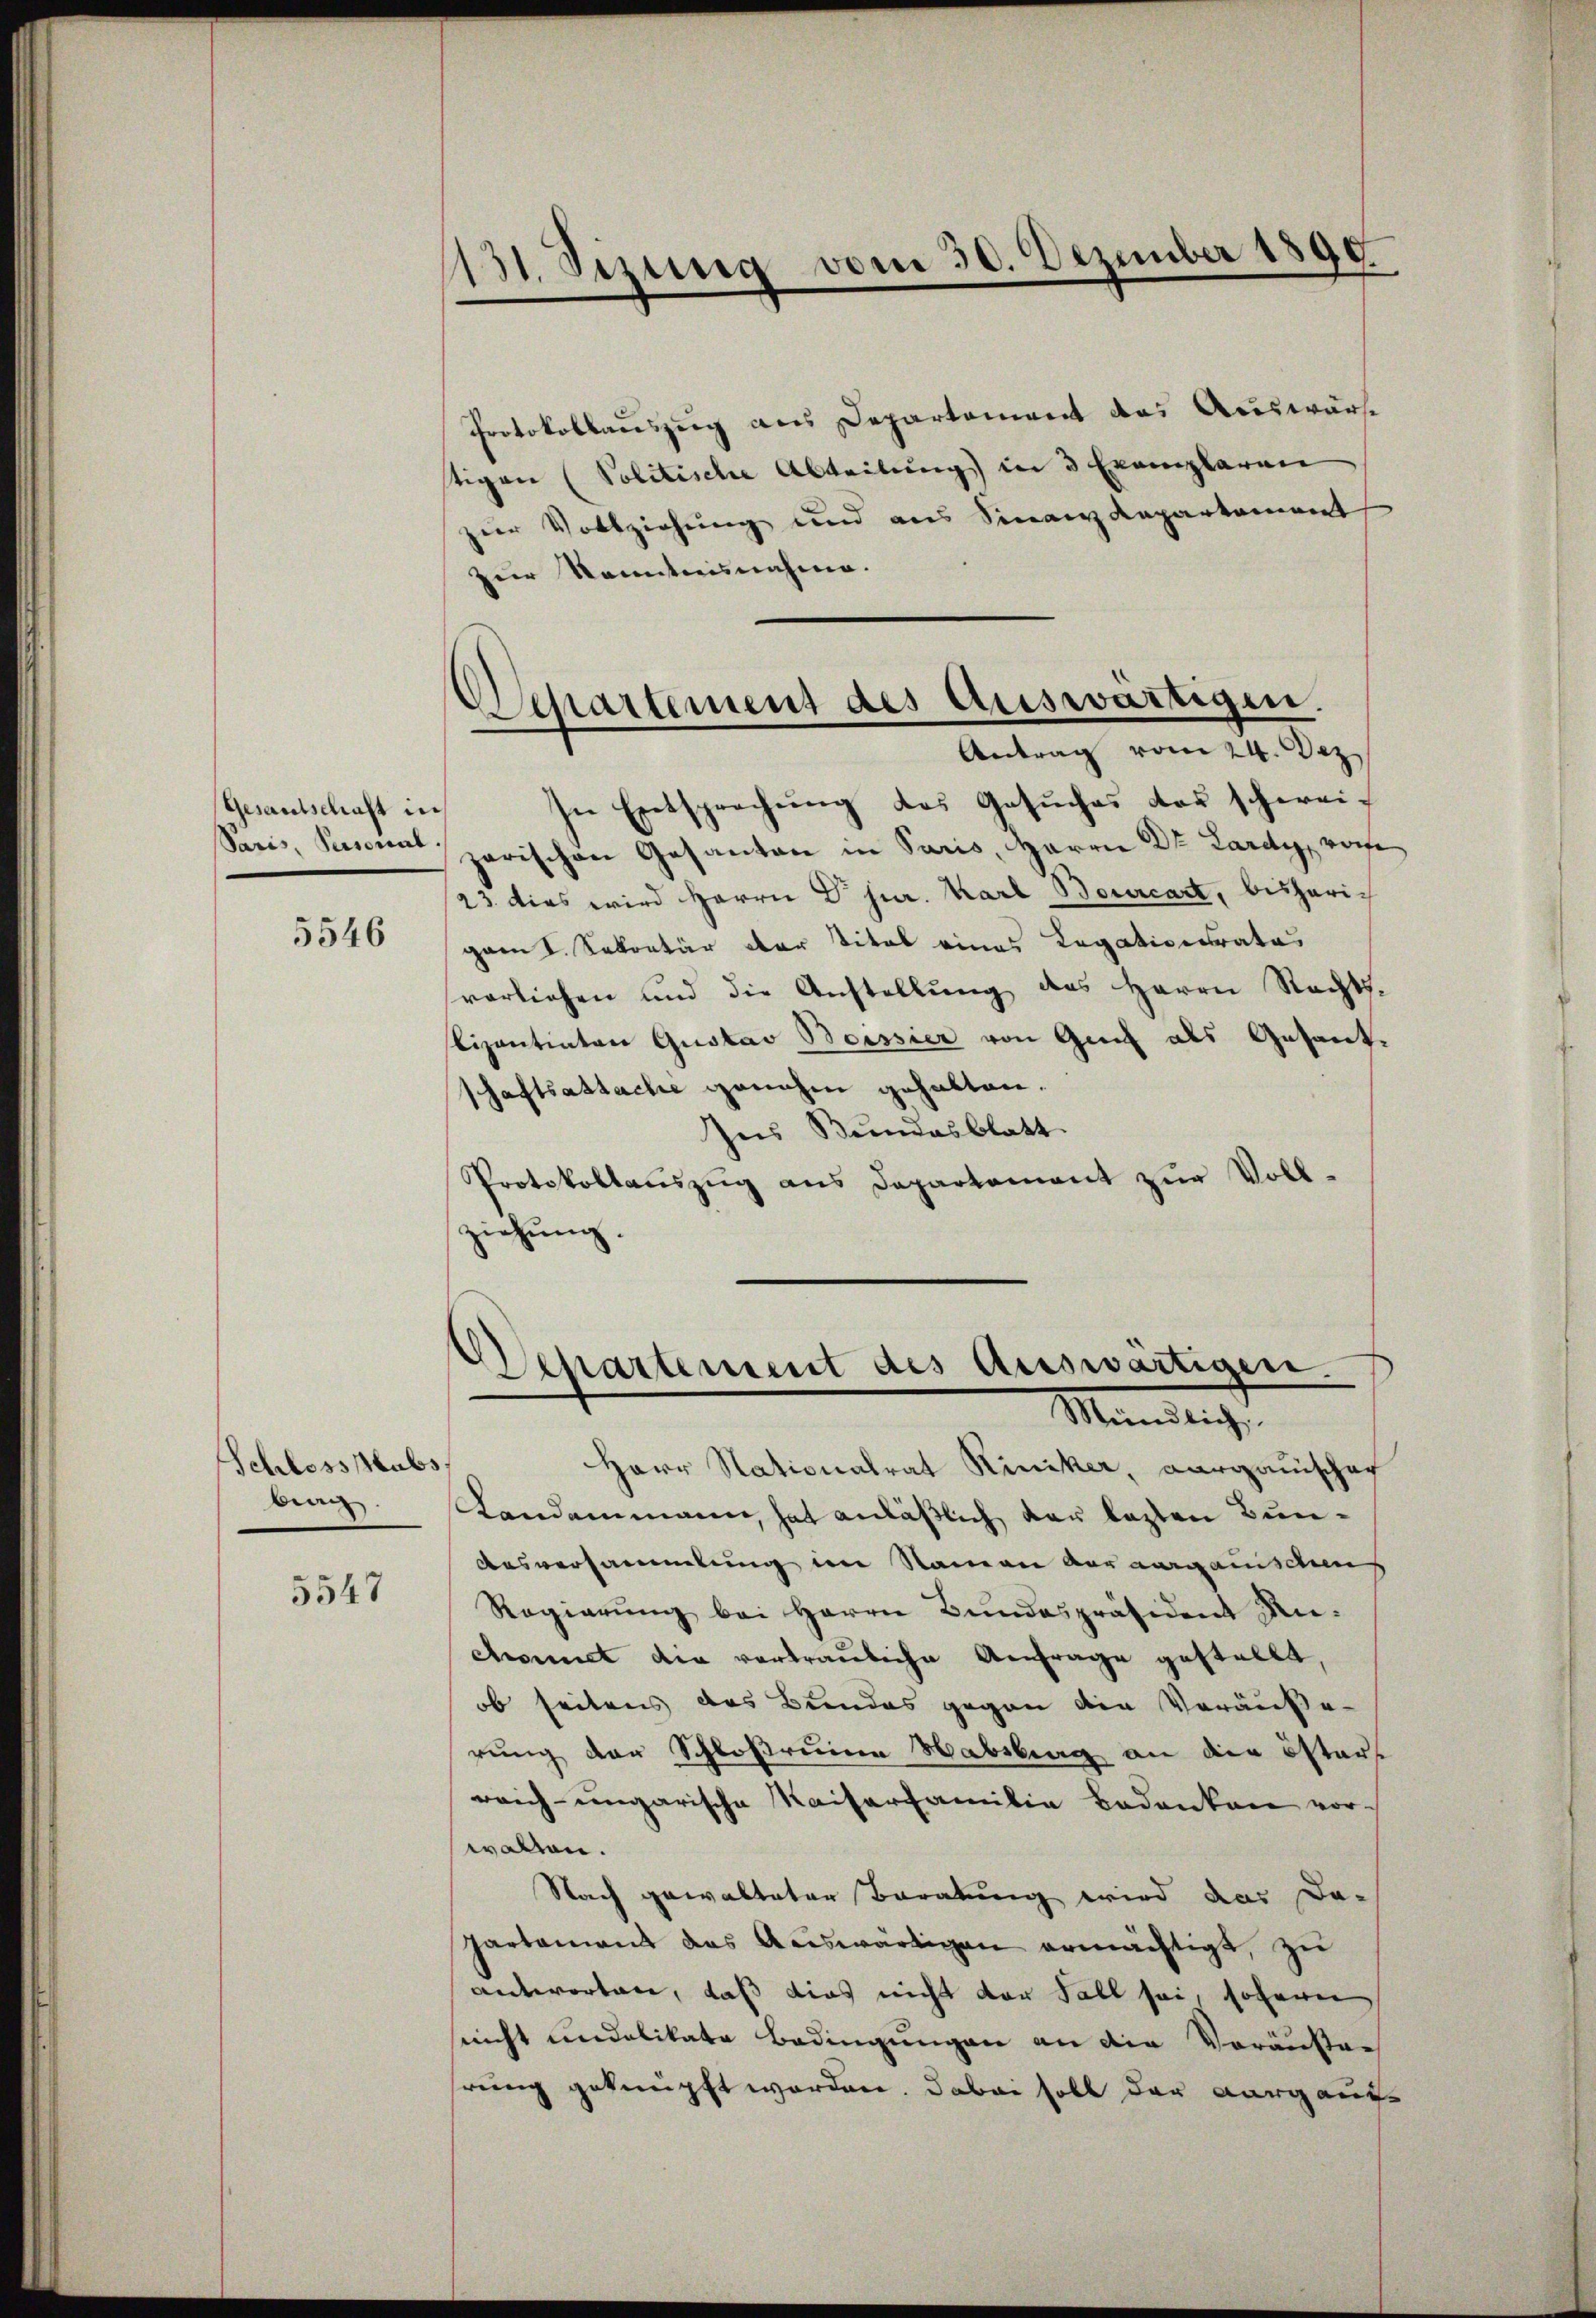
Gesandtschaft in

5546

Schloss subs
bean

5547

131. Sizung vom 30. Dezember 1890

Protokollauszug aus Departement das Auswürfe
tigen (Politische Abteilung in 3 Exemplaren
zur Vollziehung und aus Sinanzdepartement
zur Kenntnisnahme.

Separtement des Auswärtigen.
Antrag vom 24. Dez.

In Entsprechung des Gesuches das schwei¬
Saei, Rescun parischen Gesanten in Paris, Herrn Dr. Lardy, von
23. dies wird Herrn Dr jur. Karl Bourcart, bisheric
gam I. Sekretär der Titel eines Legationsrates
verlichen und die Anstellung des Herrn Rechts-
lizantinten Gustav Boissier von Genf als Gesandshaftsastache genehm gehalten.
Ins Bundesblatt.
Protokollaŭszŭg ans Departement zŭr Vollziehung.

Departement des Auswärtigen.
Mündlich

Herr Stationalrat Riniker, Aargauischaf
Landammann, hat anläßlich der lezten Bun¬
Ausversammlung im Namen aus aargauischen
Regierung bei Herrn Bundespräsident Ancomit die vortrauliche Anfrage gestellt,
ob seitens des Bundes gegen die Veräuße-
rung der Schloßruine Habsburg an die östers
reich-ungarische Kaiserfamilie Bedanken vorwalten.
Nach gewalteter Beratung wird das Dapartement das Auswärtigen ermächtigt, zu
antworten, daß dies nicht der Fall sei, soferen
sicht undalikate Bedingungen an die Voranstahrung geknüpft worden. Dabei soll der Aargauf¬